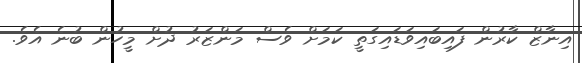
އިނާޒް ކާރުން ފައިބައިވަޑައިގަތީ ކަމަށް ވެސް މަންޒަރު ދުށް މީހުން ބުނެ އެވެ.